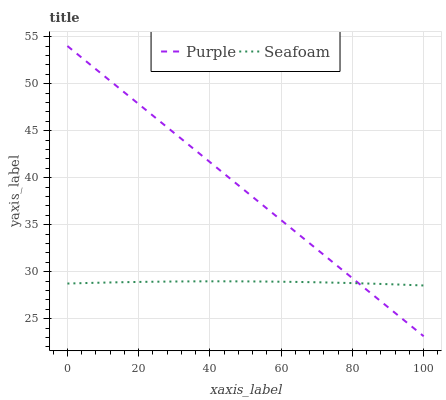
| xaxis_label | Purple | Seafoam |
 | --- | --- | --- |
 | 0 | 54 | 28.7 |
 | 7.14 | 51.8 | 28.8 |
 | 14.3 | 49.6 | 28.9 |
 | 21.4 | 47.4 | 28.9 |
 | 28.6 | 45.2 | 29 |
 | 35.7 | 43 | 29 |
 | 42.9 | 40.8 | 29 |
 | 50 | 38.6 | 29 |
 | 57.1 | 36.4 | 28.9 |
 | 64.3 | 34.2 | 28.9 |
 | 71.4 | 32 | 28.9 |
 | 78.6 | 29.7 | 28.8 |
 | 85.7 | 27.5 | 28.7 |
 | 92.9 | 25.3 | 28.6 |
 | 100 | 23.1 | 28.5 |